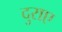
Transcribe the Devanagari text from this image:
दुराए